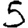
Digit: 5